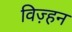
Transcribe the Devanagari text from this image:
विज़्हन